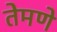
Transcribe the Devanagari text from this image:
तेमणे